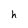
Character: h